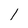
Character: l